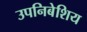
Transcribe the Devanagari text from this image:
उपनिबेशिय